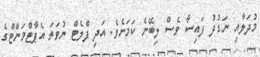
މުދަލާއި ނަގުދު ފައިސާ ވެސް ލިބޭނެ ކަމަށެވެ. އަދި ފްލެޓް ނުވަތަ އެޕާޓްމަންޓްގެ